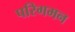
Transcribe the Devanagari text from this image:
परिगमन